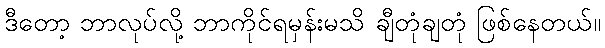
ဒီတော့ ဘာလုပ်လို့ ဘာကိုင်ရမှန်းမသိ ချီတုံချတုံ ဖြစ်နေတယ်။